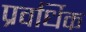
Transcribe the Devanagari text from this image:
प्रवर्धिक